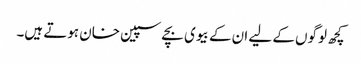
کچھ لوگوں کے لیے ان کے بیوی بچے سپین خان ہوتے ہیں۔